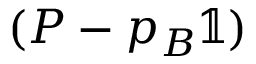
( P - p _ { B } \mathbb { 1 } )